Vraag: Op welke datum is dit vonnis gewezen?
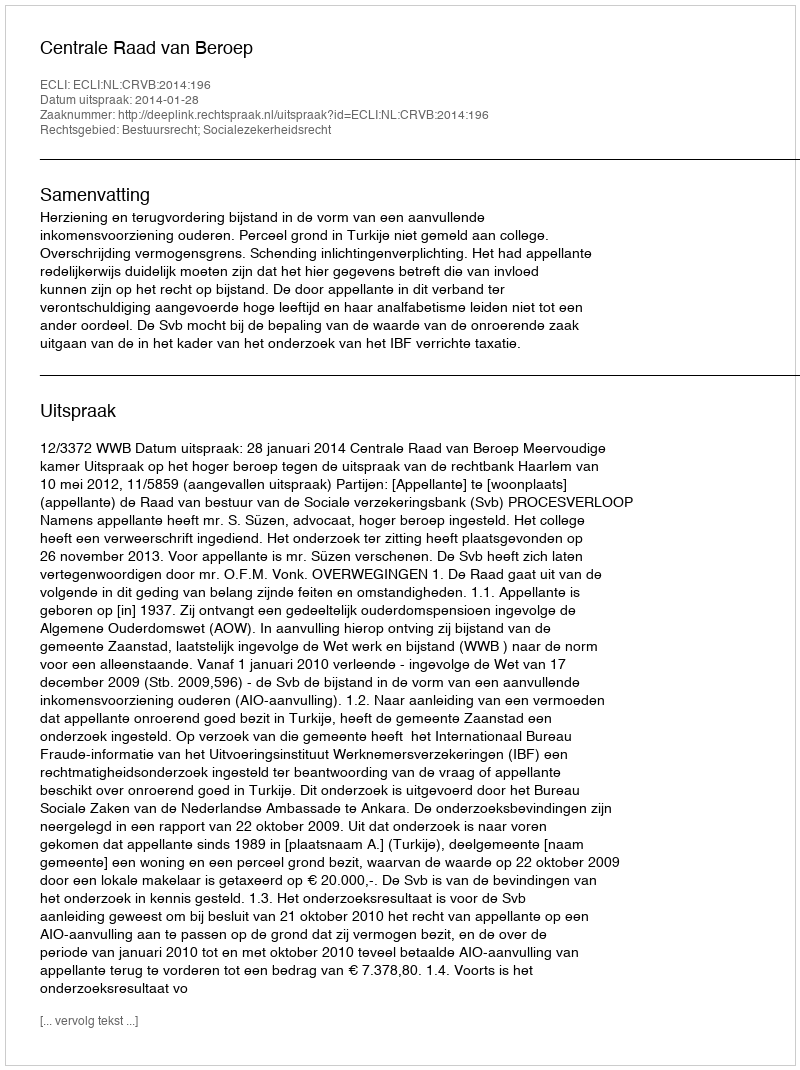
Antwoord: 2014-01-28